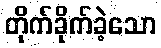
တိုက်ခိုက်ခဲ့သော